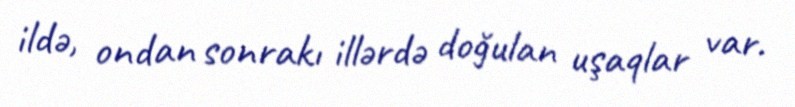
ildə, ondan sonrakı illərdə doğulan uşaqlar var.